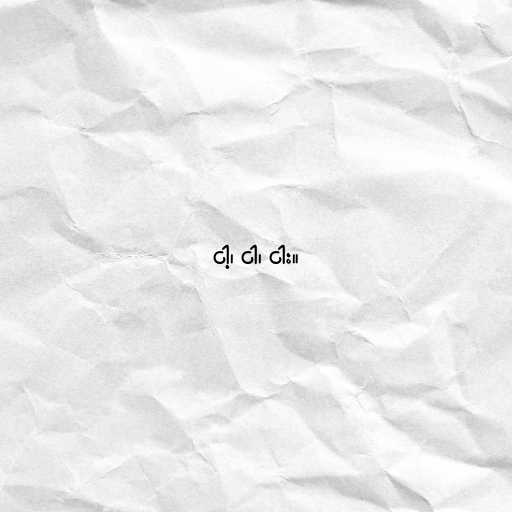
ငါ့၊ ငါ၊ ငါး။